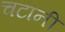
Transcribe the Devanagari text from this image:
चटानी